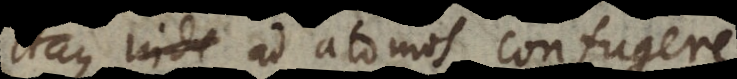
aque ad atomos confugere